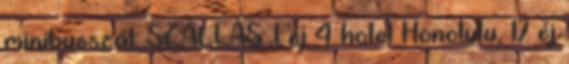
minibusszal. SZÁLLÁS: 1 éj 4 hotel Honolulu, 17 éj